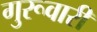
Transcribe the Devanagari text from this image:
गुरूवारी